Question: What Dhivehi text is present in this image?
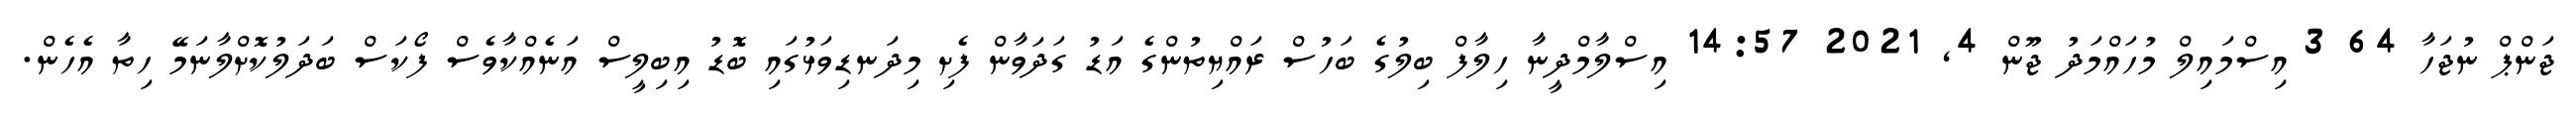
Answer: ޖަންޕް ނުޖަހާ 64 3 އިސްމައިލް މުހައްމަދު ޖޫން 4, 2021 14:57 އިސްލާމްދީނާ ހިލާފް ބިލުގެ ބަހުސް ރައްޔިތުންގެ އަޑު ގަދަވާން ފެށި މިދަނޑިވަޅުގައި ބޮޑު އިބިލީސް އަނެއްކާވެސް ފޯކަސް ބަދަލުކޮށްލާނަމޭ ހިތާ އެހެން.